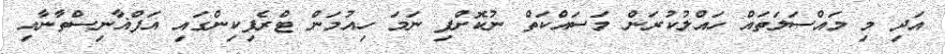
އަދި މި މައްސަލަތައް ހައްލުކުރަން މަސައްކަތް ނުކޮށްފި ނަމަ ހިއުމަން ޓްރެފިކިންގައި އަފްޣާނިސްތާނާއި